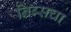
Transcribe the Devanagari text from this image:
निब्सचा